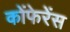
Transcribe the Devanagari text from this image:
कोंफेरेंस